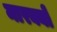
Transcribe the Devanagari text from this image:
मारक्यों